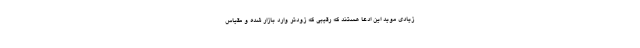
زیادی موید این ادعا هستند که رقیبی که زودتر وارد بازار شده و مقیاس